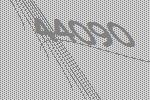
44090